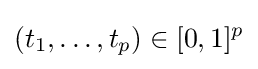
(t_{1},\ldots ,t_{p})\in [0,1]^{p}